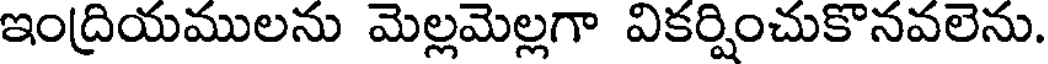
ఇంద్రియములను మెల్లమెల్లగా వికర్షించుకొనవలెను.